Report on vaccination in Madras 1904-1921 - 1904-1921
Year: 1904
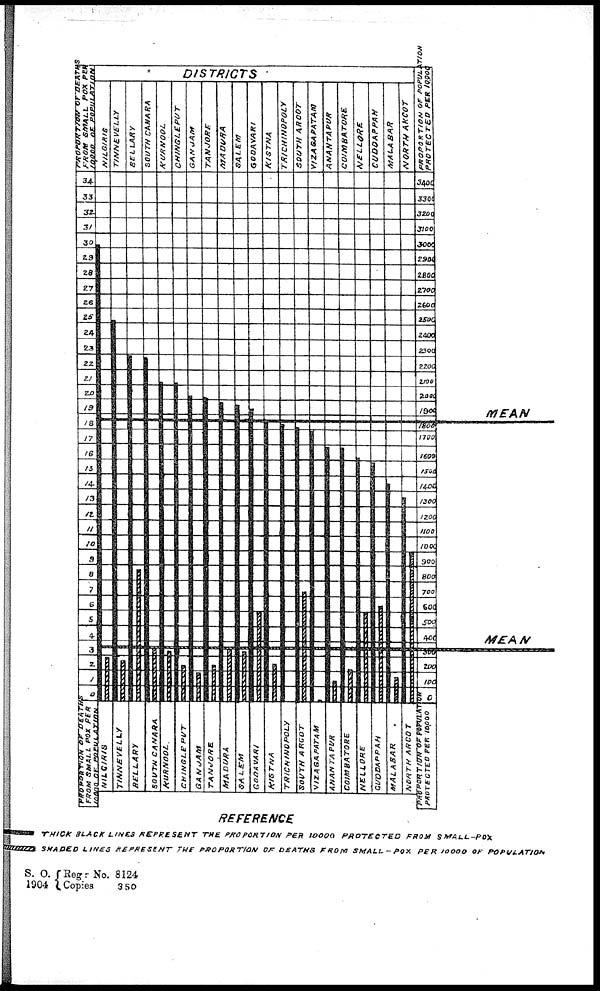
S. O.
1904
Reg:No.
Copies
8124
350